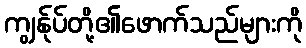
ကျွန်ုပ်တို့၏ဖောက်သည်များကို